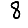
Digit: 8